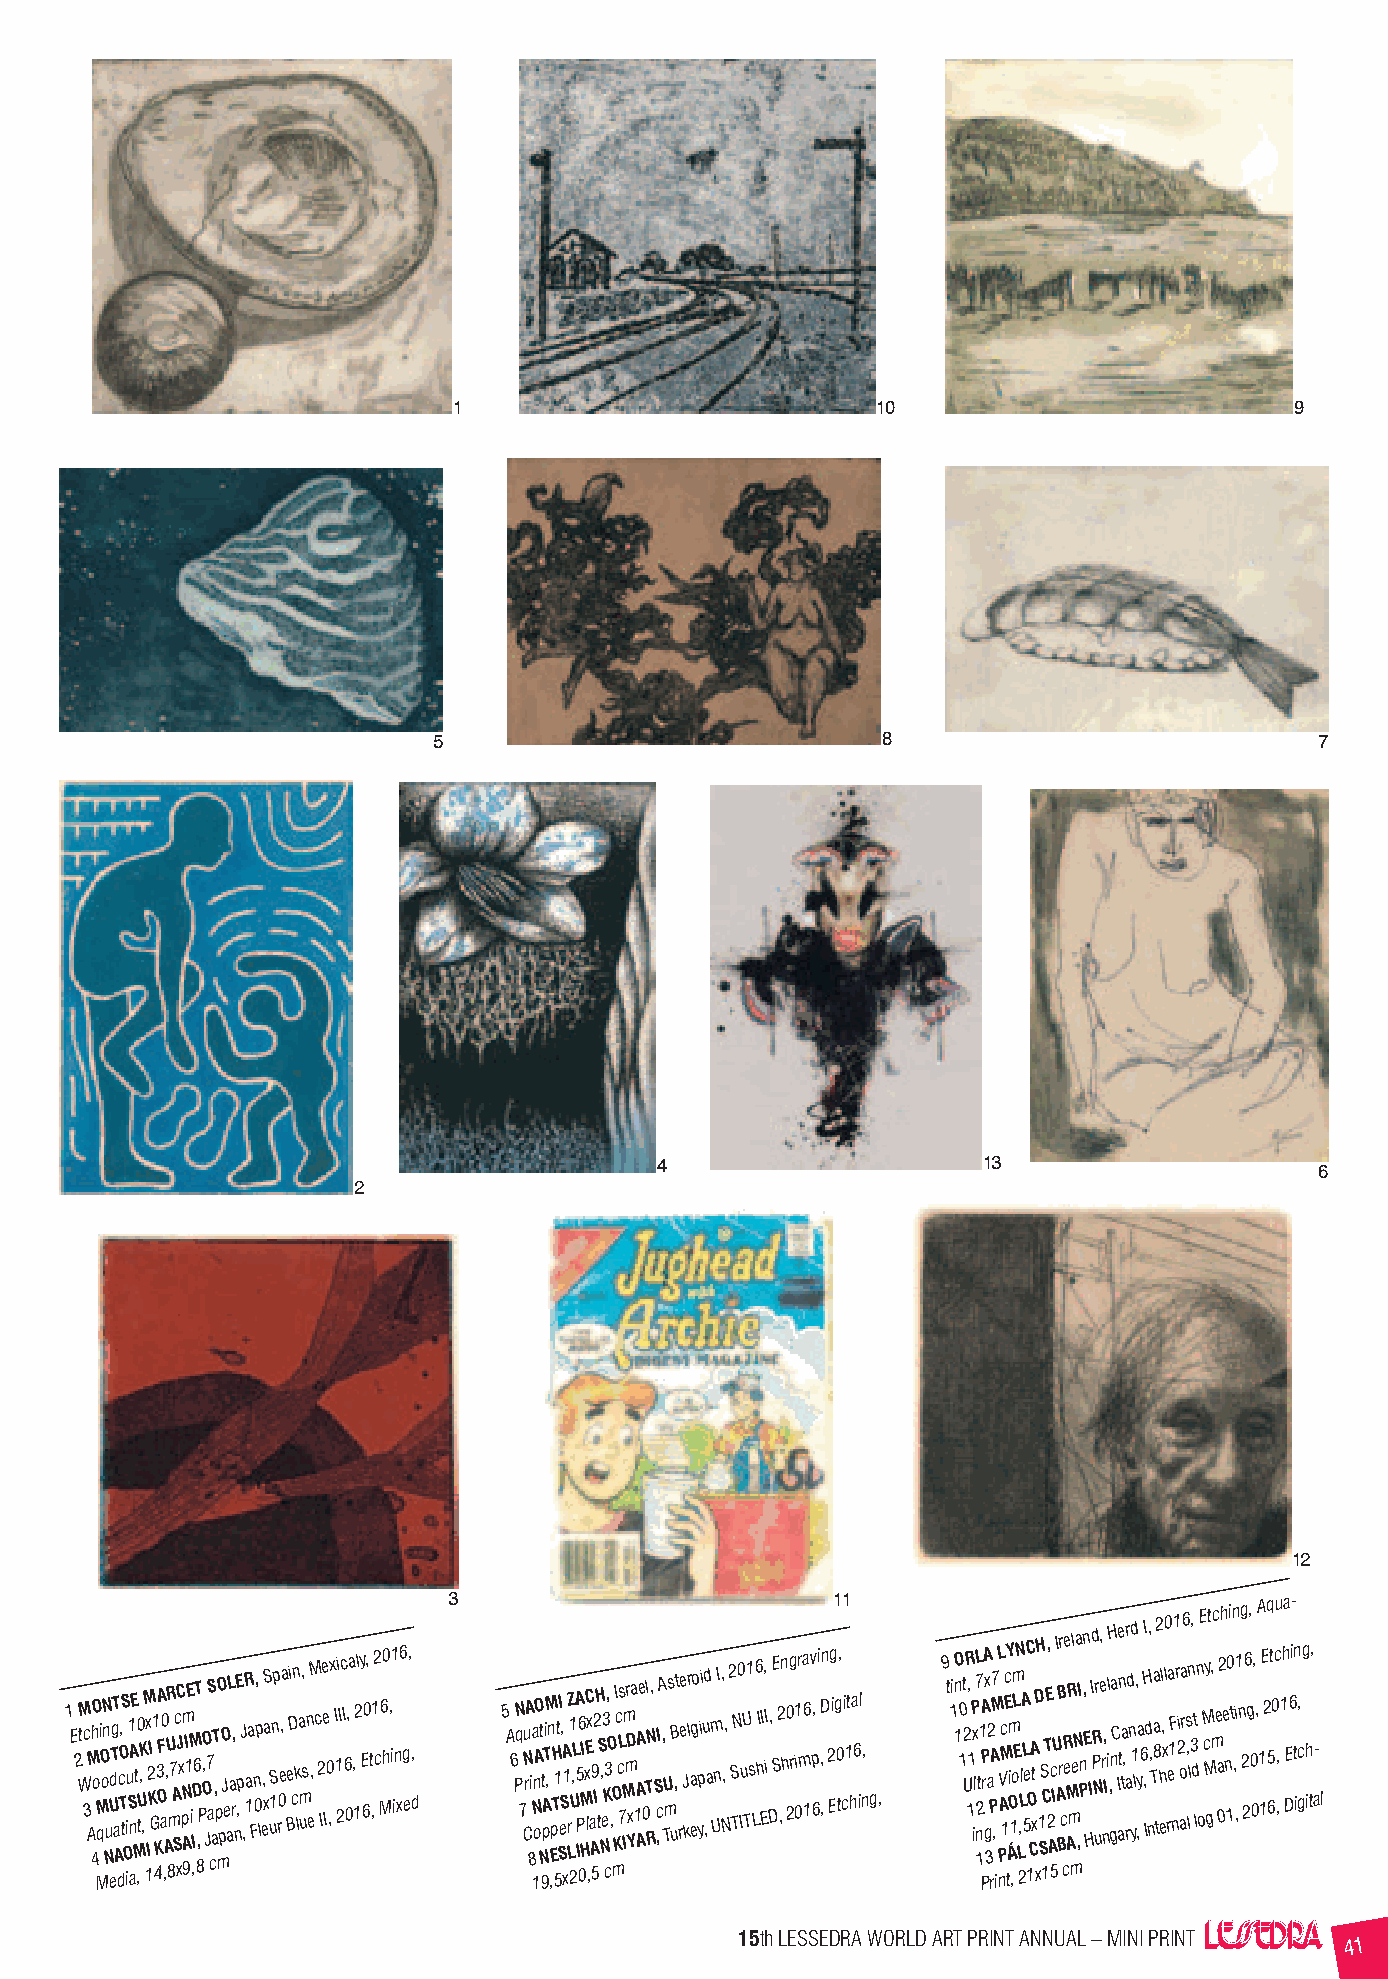
1                           10                          9
 5                            8                            7
 4                     13                    6
 2
 12
 1 E 2 tM Wc 3 M Ah 4 O o M Mqi O oN n Nu eUdTgT a A dcO, T tS O i iu S1 n aAE Mt ,0 tU,K , M 1x I2 KI G 1 4K3A OF a0 ,A,UR
 8
 m7 A Sc xC J x pNm A 9I 1E M i ,ID6 T 8,P O , O J 7 aS caT , p mO pO J e aL a, r n E p ,J ,R a 1 a Fn 0, p l , exS a uS 1np r0e,a e B Di cn k la m u, s n eM , c 2 Ie e I0 ,x I 1 2i Ic I 6 0,a , 12l y E 60, t ,12 c M6 h0 , i1 i n x6 g e, , d 3 5 A 6 N Pq 7 N Cu rA 8 ia N 1n oAO t N 9t pATiM ,n ,E pH T 51tI Se, SA
 x
 1 rZ L1 2U,L A I5 P6 0HI MxEC lx ,a A 592 IH tS N , e3 K c3, O , mO KI c cLs 7M Imr mD Yxa 1A AAe 0Tl RN, S ,cIA , TU m s B u,t r e e J kr l a ego ypii u ,d a m U nI, N,, 2 S TN0 IuU T1 s L 6 hI EI, iI , DSE 2 ,n h 0 2g ri1 0r ma 6 1v p, 6 i ,D ,n 2 Eg i1 g 0 t,1 c i 1t ha 6 il n, g, 9 t 1 inO 1 10t U2R , 11 P ix lL 7 n 12 t1 PPA rA gx 3 a2 P rAM7 ,
 i
 L nPV A Mc 1Ec tY Ái Om 1 ,om L E N L 2,LlA L 5e C 1O CA xtD xH 1 S S 1CTE, 2 A 5c IU I A BB r r c cR ee M AR m ml eNa ,I Pn ,n E H IId PR N ur, e r n, Ii lH , gna C Ie an ta t, a rr d n yd 1 l, ,ya 6 ,HI Id , n, T a a 8 t2 h el , xl0 rea 1F n1 r i 2 o aa r6 s , lln 3, dt l n o E M c My gt , mc e a 02h e n 10i tn , ,i1 n g 2 26 g, 0 0, , A 1 1E 2q 5 6t 0cu ,, 1 ha DE6i- tn ig, c g ih t, a- l
 15th LESSEDRA WORLD ART PRINT ANNUAL – MINI PRINT
 41